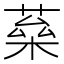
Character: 𦶖